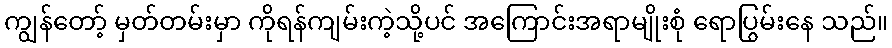
ကျွန်တော့် မှတ်တမ်းမှာ ကိုရန်ကျမ်းကဲ့သို့ပင် အကြောင်းအရာမျိုးစုံ ရောပြွမ်းနေ သည်။